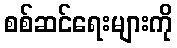
စစ်ဆင်ရေးများကို